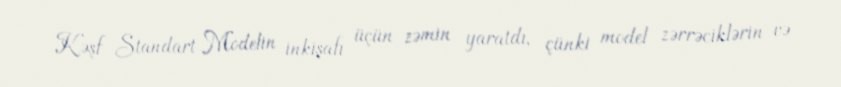
Kəşf Standart Modelin inkişafı üçün zəmin yaratdı, çünki model zərrəciklərin və